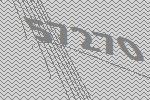
57270